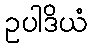
ဥပါဒိယံ